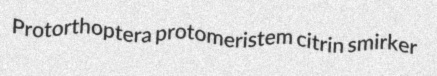
Protorthoptera protomeristem citrin smirker